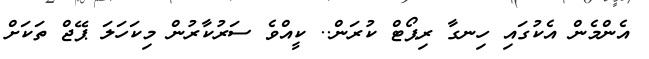
އެންމެން އެކުގައި ހިނގާ ރިޕޯޓް ކުރަން.. ކީއްވެ ސަރުކާރުން މިކަހަލަ ޕޭޖް ތަކަށް